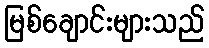
မြစ်ချောင်းများသည်